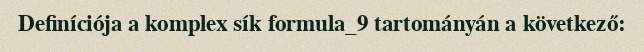
Definíciója a komplex sík formula_9 tartományán a következő: